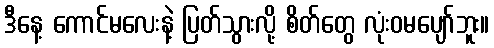
ဒီနေ့ ကောင်မလေးနဲ့ ပြတ်သွားလို့ စိတ်တွေ လုံးဝမပျော်ဘူး။